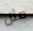
مثل